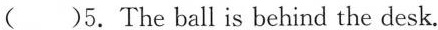
( )5.The ball is behind the desk.